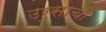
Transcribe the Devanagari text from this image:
उरुसाची